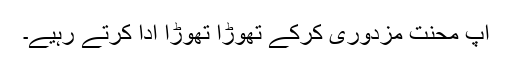
آپ محنت مزدوری کرکے تھوڑا تھوڑا ادا کرتے رہیے۔